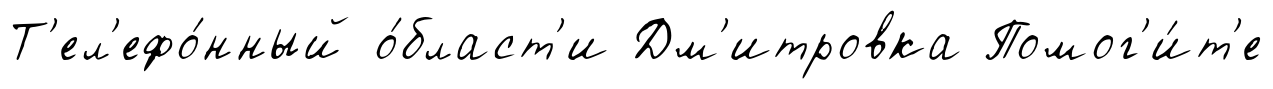
Т'ел'ефо́нный о́бласт'и Дм'итровка Помог'и́т'е